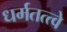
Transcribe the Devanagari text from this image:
धर्मतत्त्वे